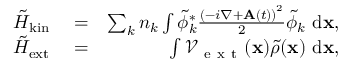
\begin{array} { r l r } { \tilde { H } _ { \mathrm { k i n } } } & { { } = } & { \sum _ { k } { n _ { k } \int \tilde { \phi } _ { k } ^ { * } \frac { \left( - i \nabla + { \bf A } ( t ) \right) ^ { 2 } } { 2 } \tilde { \phi } _ { k } \ \mathrm { d } { \bf x } } , } \\ { \tilde { H } _ { \mathrm { e x t } } } & { { } = } & { \int { \mathcal { V } _ { \mathrm { ~ e ~ x ~ t ~ } } ( { \bf x } ) \tilde { \rho } ( { \bf x } ) \ \mathrm { d } { \bf x } } , } \end{array}